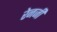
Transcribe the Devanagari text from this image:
रेनजी